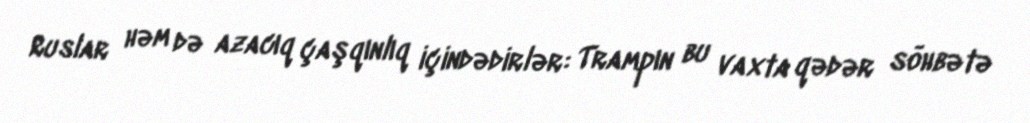
Ruslar həm də azacıq çaşqınlıq içindədirlər: Trampın bu vaxta qədər söhbətə